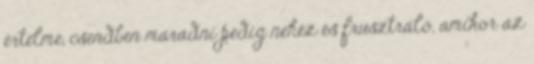
értelme, csendben maradni pedig nehéz és frusztráló, amikor az